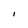
Character: l